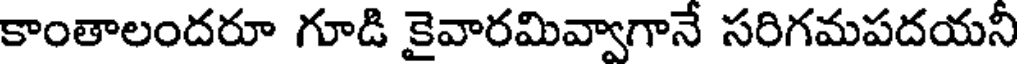
కాంతాలందరూ గూడి కైవారమివ్వాగానే సరిగమపదయని